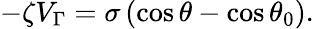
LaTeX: -\zeta V_{\Gamma}=\sigma\left(\cos\theta-\cos\theta_{0}\right).